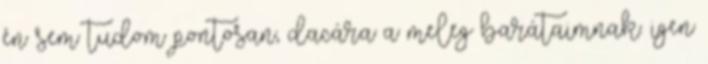
én sem tudom pontosan, dacára a meleg barátaimnak. igen